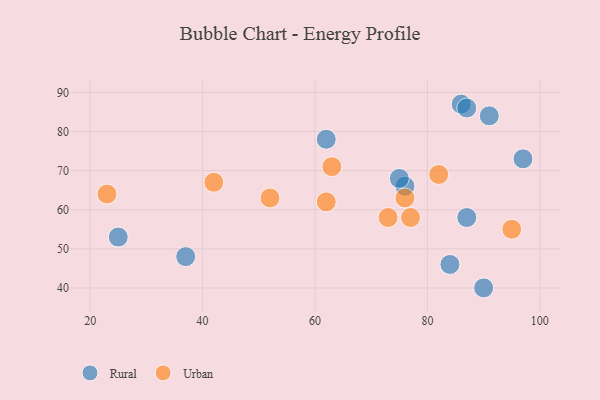
{"axis": {"x": "GDP", "y": "Life Expectancy"}, "legend": ["Rural", "Urban"], "data": [{"x": "84", "y": 46, "type": "Rural"}, {"x": "87", "y": 58, "type": "Rural"}, {"x": "90", "y": 40, "type": "Rural"}, {"x": "97", "y": 73, "type": "Rural"}, {"x": "76", "y": 66, "type": "Rural"}, {"x": "86", "y": 87, "type": "Rural"}, {"x": "87", "y": 86, "type": "Rural"}, {"x": "37", "y": 48, "type": "Rural"}, {"x": "62", "y": 78, "type": "Rural"}, {"x": "25", "y": 53, "type": "Rural"}, {"x": "75", "y": 68, "type": "Rural"}, {"x": "91", "y": 84, "type": "Rural"}, {"x": "76", "y": 63, "type": "Urban"}, {"x": "52", "y": 63, "type": "Urban"}, {"x": "95", "y": 55, "type": "Urban"}, {"x": "63", "y": 71, "type": "Urban"}, {"x": "23", "y": 64, "type": "Urban"}, {"x": "77", "y": 58, "type": "Urban"}, {"x": "42", "y": 67, "type": "Urban"}, {"x": "73", "y": 58, "type": "Urban"}, {"x": "82", "y": 69, "type": "Urban"}, {"x": "62", "y": 62, "type": "Urban"}]}